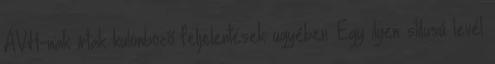
ÁVH-nak írtak különböző feljelentések ügyében. Egy ilyen stílusú levél